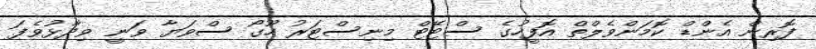
ފޮރިން އެންޑް ކޮމަންވެލްތް އޮފީހުގެ ސްޓޭޓް މިނިސްޓަރު ހޫގޯ ސްވަޔާ ވަނީ ވިދާޅުވެފަ